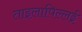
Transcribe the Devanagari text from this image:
ताइलापिल्लई